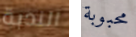
الندبة محبوبة